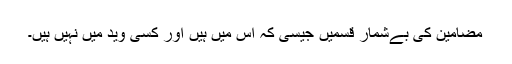
مضامین کی بےشمار قسمیں جیسی کہ اس میں ہیں اور کسی وید میں نہیں ہیں۔